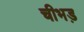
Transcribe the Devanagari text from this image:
चीभड़